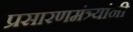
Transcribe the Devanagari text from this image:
प्रसारणमंत्र्यांनी